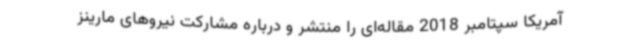
آمریکا سپتامبر 2018 مقاله‌ای را منتشر و درباره مشارکت نیروهای مارینز